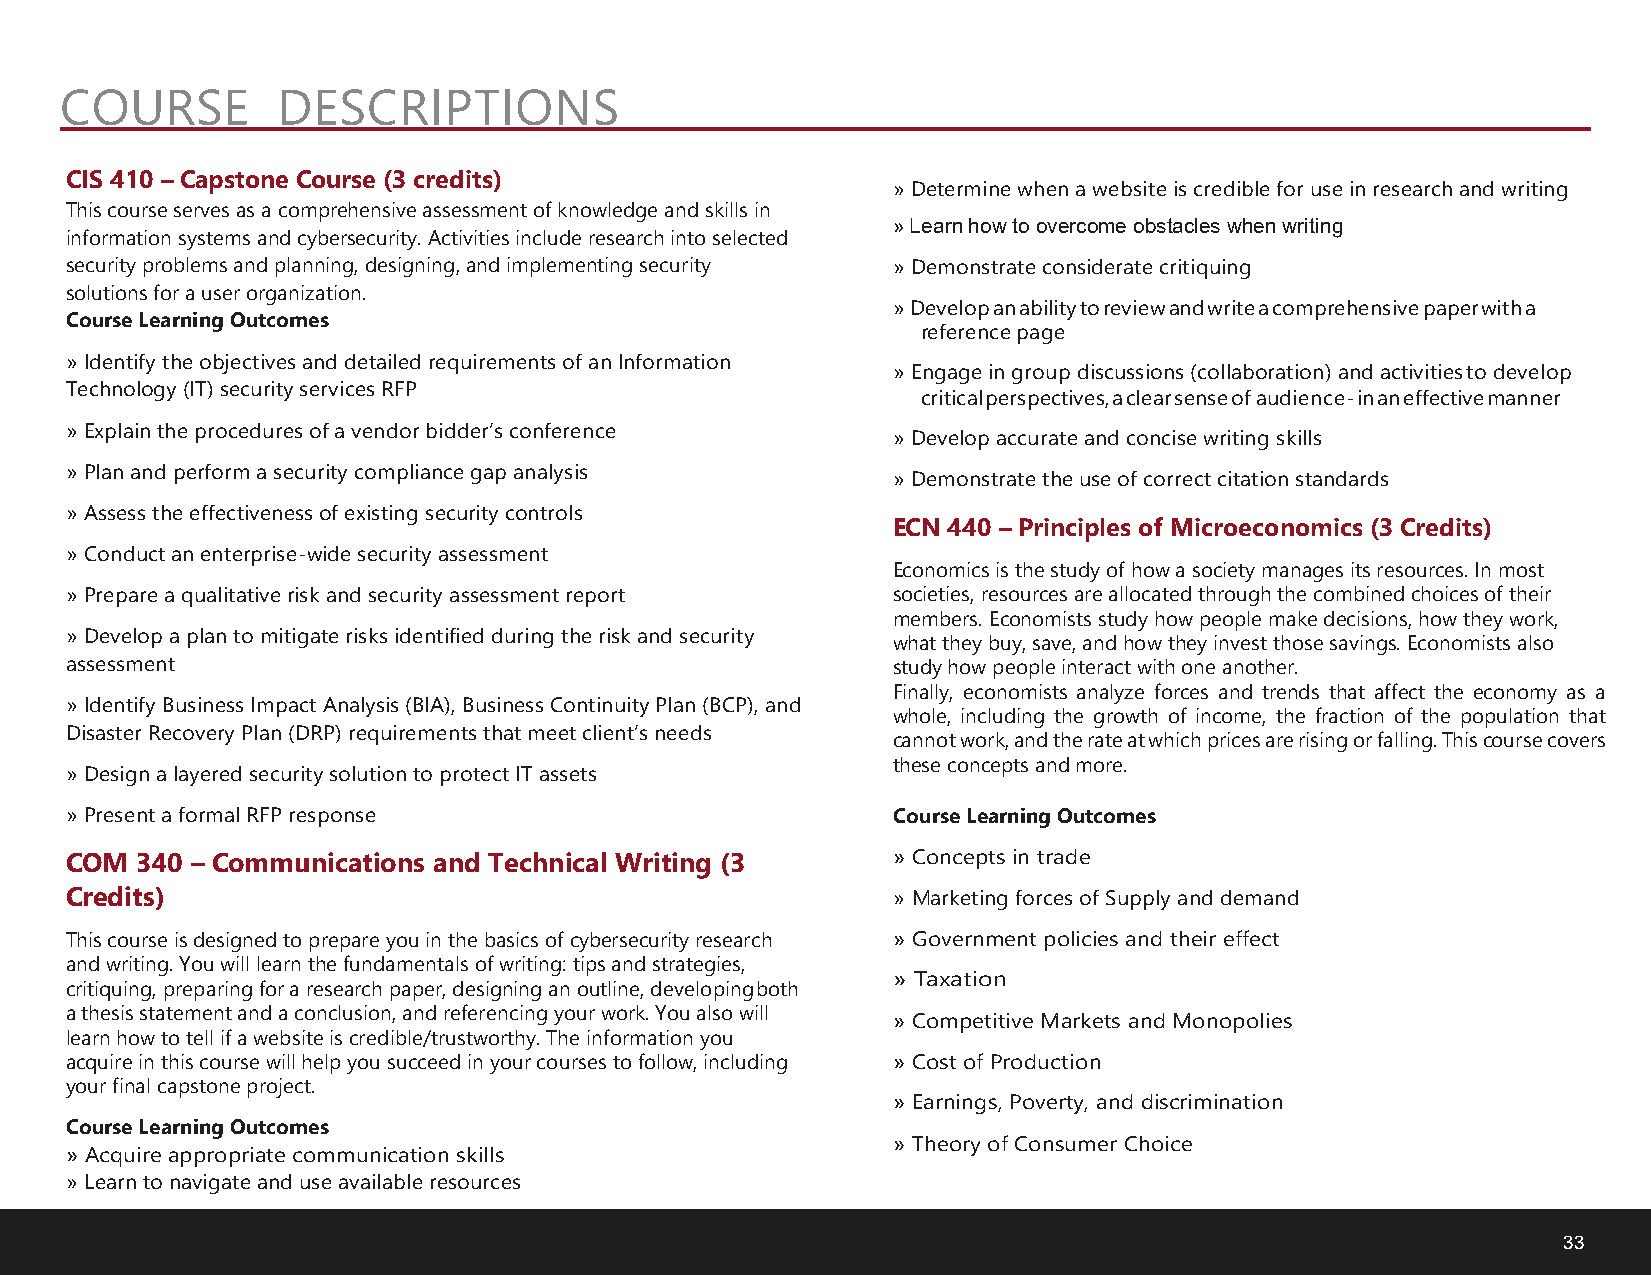
COURSE        DESCRIPTIONS
 CIS 410 – Capstone Course (3 credits)
 »Determine when a website is credible for use in research and writing
 This course serves as a comprehensive assessment of knowledge and skills in
 »Learn how to overcome obstacles when writing
 information systems and cybersecurity. Activities include research into selected
 security problems and planning, designing, and implementing security »Demonstrate considerate critiquing
 solutions for a user organization.
 »Develop an ability to review and write a comprehensive paper with a
 Course Learning Outcomes
 reference page
 »Identify the objectives and detailed requirements of an Information
 »Engage in group discussions (collaboration) and activities to develop
 Technology (IT) security services RFP
 critical perspectives, a clear sense of audience- in an effective manner
 »Explain the procedures of a vendor bidder’s conference »Develop accurate and concise writing skills
 »Plan and perform a security compliance gap analysis   »Demonstrate the use of correct citation standards
 »Assess the effectiveness of existing security controls
 ECN 440 – Principles of Microeconomics (3 Credits)
 » Conduct an enterprise-wide security assessment
 Economics is the study of how a society manages its resources. In most
 »Prepare a qualitative risk and security assessment report societies, resources are allocated through the combined choices of their
 members. Economists study how people make decisions, how they work,
 »Develop a plan to mitigate risks identified during the risk and security
 what they buy, save, and how they invest those savings. Economists also
 assessment                                             study how people interact with one another.
 Finally, economists analyze forces and trends that affect the economy as a
 »Identify Business Impact Analysis (BIA), Business Continuity Plan (BCP), and
 whole, including the growth of income, the fraction of the population that
 Disaster Recovery Plan (DRP) requirements that meet client’s needs
 cannot work, and the rate at which prices are rising or falling. This course covers
 these concepts and more.
 »Design a layered security solution to protect IT assets
 »Present a formal RFP response                         Course Learning Outcomes
 COM  340 – Communications and Technical Writing (3     » Concepts in trade
 Credits)                                               » Marketing forces of Supply and demand
 This course is designed to prepare you in the basics of cybersecurity research » Government policies and their effect
 and writing. You will learn the fundamentals of writing: tips and strategies,
 » Taxation
 critiquing, preparing for a research paper, designing an outline, developing both
 a thesis statement and a conclusion, and referencing your work. You also will » Competitive Markets and Monopolies
 learn how to tell if a website is credible/trustworthy. The information you
 acquire in this course will help you succeed in your courses to follow, including » Cost of Production
 your final capstone project.
 » Earnings, Poverty, and discrimination
 Course Learning Outcomes
 » Theory of Consumer Choice
 » Acquire appropriate communication skills
 »Learn to navigate and use available resources
 33